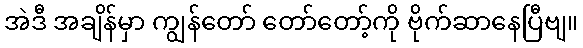
အဲဒီ အချိန်မှာ ကျွန်တော် တော်တော့်ကို ဗိုက်ဆာနေပြီဗျ။